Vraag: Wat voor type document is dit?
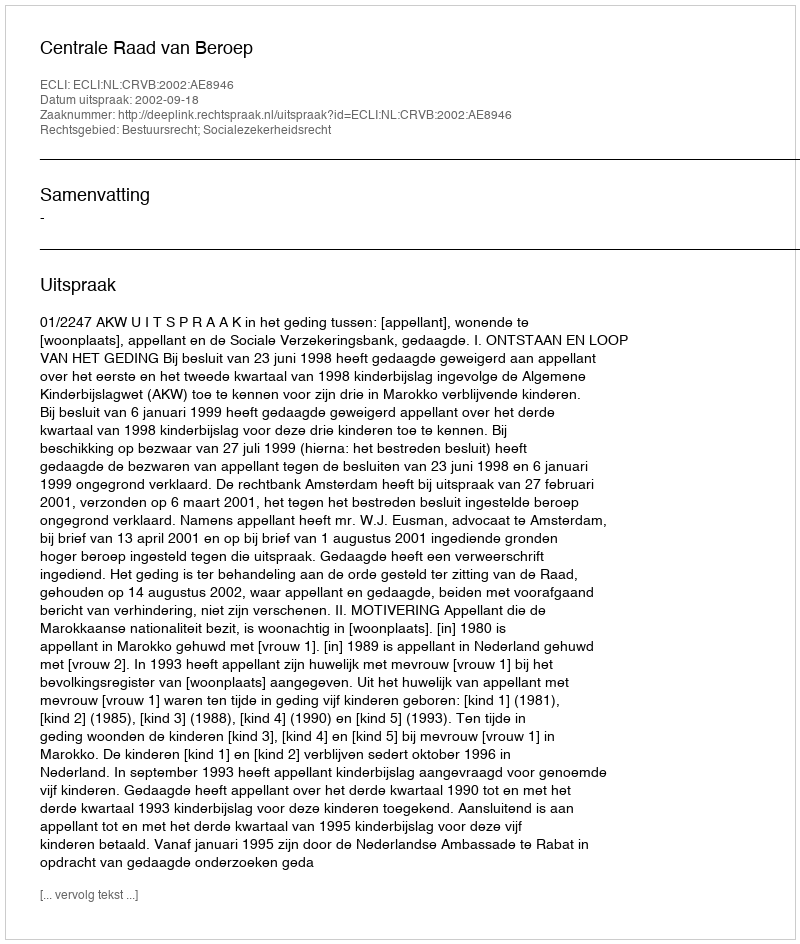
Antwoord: Uitspraak